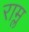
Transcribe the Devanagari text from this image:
राम्ल